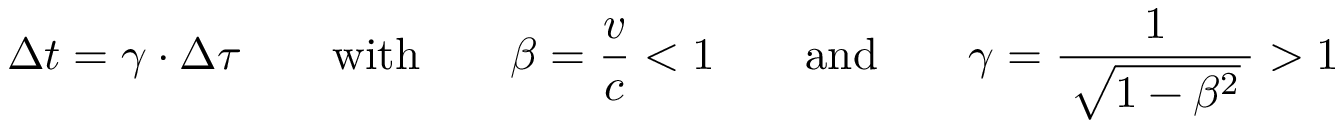
\Delta t = \gamma \cdot \Delta \tau \qquad \mathrm { w i t h } \qquad \beta = \frac { v } { c } < 1 \qquad \mathrm { a n d } \qquad \gamma = \frac { 1 } { \: \sqrt { 1 - \beta ^ { 2 } } \: } > 1